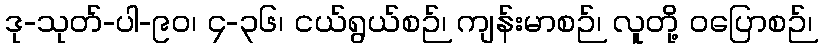
ဒု-သုတ်-ပါ-၉၀၊ ၄-၃၆၊ ငယ်ရွယ်စဉ်၊ ကျန်းမာစဉ်၊ လူတို့ ဝပြောစဉ်၊